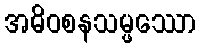
အဓိဝစနသမ္ဖဿော